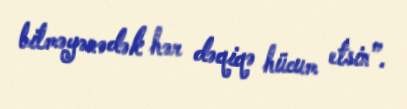
bilməyənədək hər dəqiqə hücum etsin”.